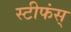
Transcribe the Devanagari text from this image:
स्टीफंस्